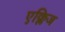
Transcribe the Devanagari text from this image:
एक्लिज